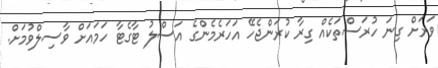
ވަރަށް ގިނަ ހުރަސްތަކެއް ގިރާ ކުރަންޖެހޭ އަހަރެމެންގެ އަސްލު ޓާގެޓާ ހަމައަށް ވާސިލްވުމަށް.